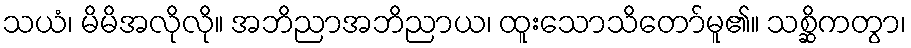
သယံ၊ မိမိအလိုလို။ အဘိညာအဘိညာယ၊ ထူးသောသိတော်မူ၏။ သစ္ဆိကတွာ၊